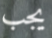
يجب